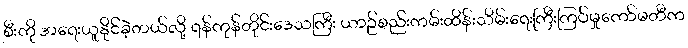
စီးကို အရေးယူနိုင်ခဲ့တယ်လို့ ရန်ကုန်တိုင်းဒေသကြီး ယာဉ်စည်းကမ်းထိန်းသိမ်းရေးကြီးကြပ်မှုကော်မတီက